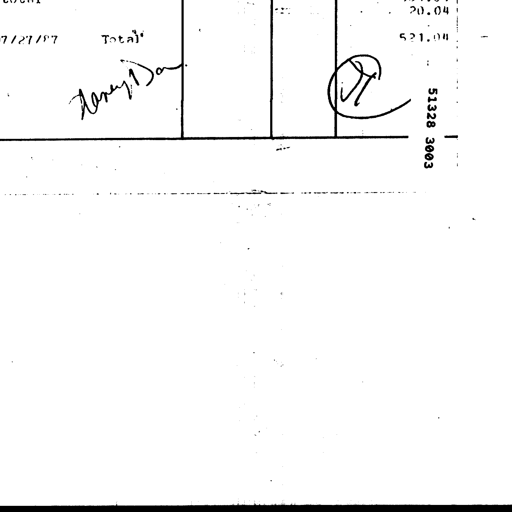
Transcript:
7/27/87 Total Nancy J. Dan. 20.04 521.04 JT 51328 3003